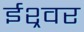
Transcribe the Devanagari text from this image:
ईश्र्वर